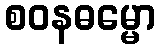
စဝနဓမ္မော